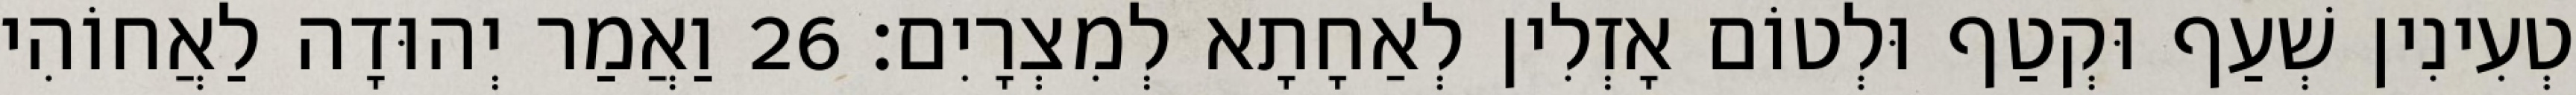
טְעִינִין שְׁעַף וּקְטַף וּלְטוֹם אָזְלִין לְאַחָתָא לְמִצְרָיִם׃ 26 וַאֲמַר יְהוּדָה לַאֲחוֹהִי